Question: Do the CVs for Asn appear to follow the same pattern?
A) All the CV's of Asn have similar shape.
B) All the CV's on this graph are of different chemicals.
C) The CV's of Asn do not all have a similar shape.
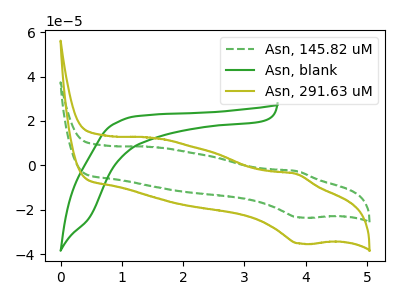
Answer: <think>The green dashed curve "Asn, 145.82 uM" has an anodic peak at (3.85V, -2.55uA) and a cathodic peak at (3.90V, -23.40uA). The green curve "Asn, blank" has no peaks. The olive curve "Asn, 291.63 uM" has an anodic peak at (3.85V, -3.80uA) and a cathodic peak at (3.90V, -35.10uA).
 "Asn, 145.82 uM" and "Asn, blank" have a different number of peaks. All the peaks in "Asn, 145.82 uM" have a peak in "Asn, 291.63 uM" at the same potential. "Asn, blank" and "Asn, 291.63 uM" have a different number of peaks.</think>
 <answer>A) All the CV's of "Asn" have similar shape.</answer>
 <eval>A</eval>